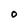
Character: O